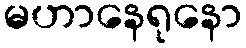
မဟာနေရုနော